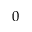
0